Civil Veterinary Department Bihar reports 1936-40 - 1936-1940
Year: 1936
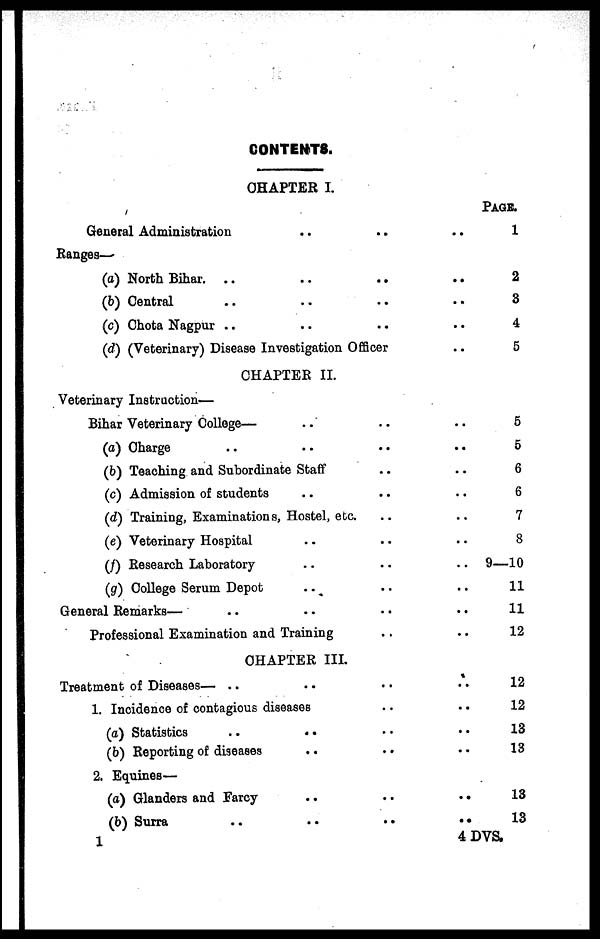
CONTENTS.
CHAPTER I.
General Administration ..
Ranges-—
(a) North Bihar. .. ..
(b) Central .. ..
(c) Chota Nagpur .. ..
..
..
..
..
(d) (Veterinary) Disease Investigation Officer
CHAPTER II.
Veterinary Instruction—
Bihar Veterinary College— ..
(a) Charge .. ..
(b) Teaching and Subordinate Staff
(c) Admission of students ..
(d) Training, Examinations, Hostel, etc.
(e) Veterinary Hospital ..
(f) Research Laboratory ..
(g) College Serum Depot ..
General Remarks— .. ..
Professional Examination and Training
CHAPTER III.
Treatment of Diseases— .. ..
1. Incidence of contagious diseases
(a) Statistics ..
(b) Reporting of diseases ..
2. Equines—
(a) Glanders and Farcy ..
(b) Surra .. ..
1
..
..
..
..
..
..
..
..
..
..
..
..
..
..
..
..
..
..
..
..
..
PAGE.
1
2
3
4
5
5
5
6
6
7
8
9—10
11
11
12
12
12
13
13
13
13
4 DVS.